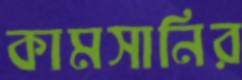
কামসানির